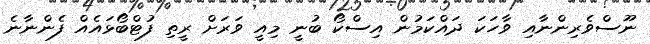
ނޫސްވެރިންނާއި ވާހަކަ ދައްކަމުން އިސްކޯ ބުނީ މިއީ ވަރަށް ރީތި ފުޓްބޯޅައެއް ފެންނާނެ